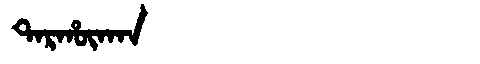
Manchu: ᡨᠠᡵᡥᡡᡴᠠᠨ
Romanization: TARHŪKAN